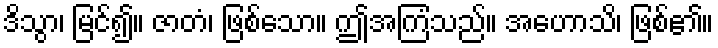
ဒိသွာ၊ မြင်၍။ ဇာတံ၊ ဖြစ်သော။ ဤအကြံသည်။ အဟောသိ၊ ဖြစ်၏။